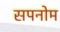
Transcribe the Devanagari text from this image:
सपनोम